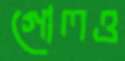
গোলও